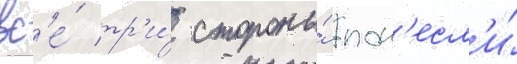
вс'е́ тр'и́ стороны́ пон'есл'и́